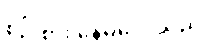
စဉ်းစား နေမိလေသည်။